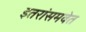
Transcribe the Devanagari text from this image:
इतरांसमवेत